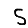
Digit: 5